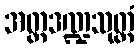
အတ္တဒဏ္ဍသုတ္တံ